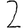
Digit: 2